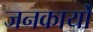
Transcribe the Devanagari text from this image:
जनकार्यों